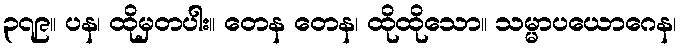
၃၇၉။ ပန၊ ထိုမှတပါး။ တေန တေန၊ ထိုထိုသော။ သမ္မာပယောဂေန၊